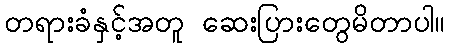
တရားခံနှင့်အတူ ဆေးပြားတွေမိတာပါ။